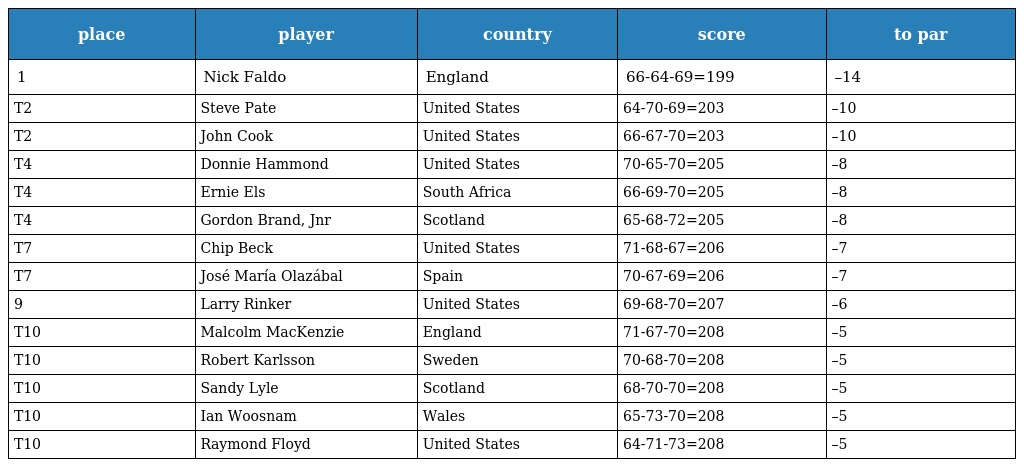
| place | player | country | score | to par |
 | --- | --- | --- | --- | --- |
 | 1 | Nick Faldo | England | 66-64-69=199 | –14 |
 | T2 | Steve Pate | United States | 64-70-69=203 | –10 |
 | T2 | John Cook | United States | 66-67-70=203 | –10 |
 | T4 | Donnie Hammond | United States | 70-65-70=205 | –8 |
 | T4 | Ernie Els | South Africa | 66-69-70=205 | –8 |
 | T4 | Gordon Brand, Jnr | Scotland | 65-68-72=205 | –8 |
 | T7 | Chip Beck | United States | 71-68-67=206 | –7 |
 | T7 | José María Olazábal | Spain | 70-67-69=206 | –7 |
 | 9 | Larry Rinker | United States | 69-68-70=207 | –6 |
 | T10 | Malcolm MacKenzie | England | 71-67-70=208 | –5 |
 | T10 | Robert Karlsson | Sweden | 70-68-70=208 | –5 |
 | T10 | Sandy Lyle | Scotland | 68-70-70=208 | –5 |
 | T10 | Ian Woosnam | Wales | 65-73-70=208 | –5 |
 | T10 | Raymond Floyd | United States | 64-71-73=208 | –5 |